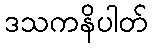
ဒသကနိပါတ်